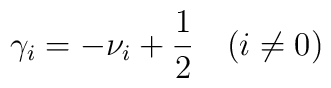
\gamma_i = - \nu_i + \frac12 \quad (i \not= 0)